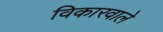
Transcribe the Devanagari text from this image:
विकारवाले